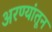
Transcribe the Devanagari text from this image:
अरण्यांतून